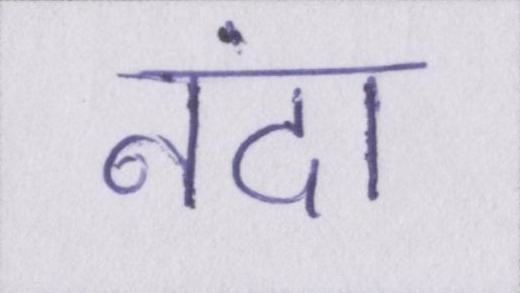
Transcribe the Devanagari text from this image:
नंदा